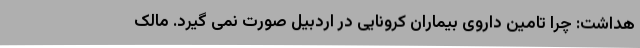
هداشت: چرا تامین داروی بیماران کرونایی در اردبیل صورت نمی گیرد. مالک